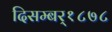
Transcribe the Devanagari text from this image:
दिसम्बर्१८७८